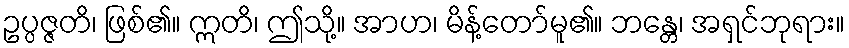
ဥပ္ပဇ္ဇတိ၊ ဖြစ်၏။ ဣတိ၊ ဤသို့။ အာဟ၊ မိန့်တော်မူ၏။ ဘန္တေ၊ အရှင်ဘုရား။